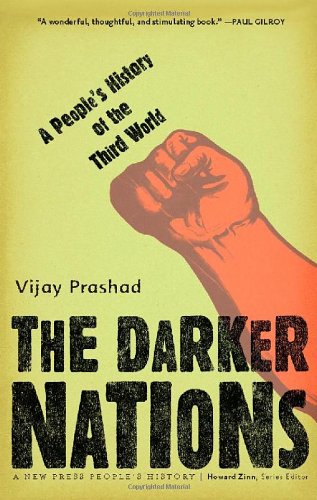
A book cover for The Darker Nations: A People's History of the Third World (New Press People's History); Vijay Prashad; History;